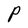
Character: P